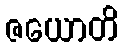
ဇယောတိ